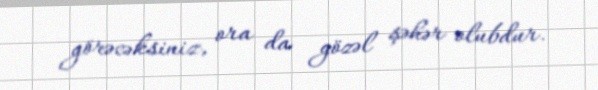
görəcəksiniz, ora da gözəl şəhər olubdur.